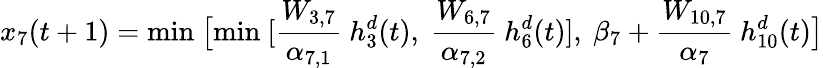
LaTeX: x_{7}(t+1)=\mathrm{min~}\bigl[\mathrm{min~}[\frac{W_{3,7}}{\alpha_{7,1}}\mathrm{~}h_{3}^{d}(t),\mathrm{~}\frac{W_{6,7}}{\alpha_{7,2}}\mathrm{~}h_{6}^{d}(t)],\mathrm{~}\beta_{7}+\frac{W_{10,7}}{\alpha_{7}}\mathrm{~}h_{10}^{d}(t)\bigr]